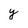
Character: y